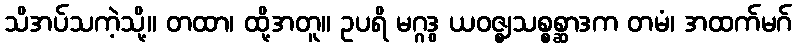
သိအပ်သကဲ့သို့။ တထာ၊ ထို့အတူ။ ဥပရိ မဂ္ဂဒွ ယဝဇ္ဈသစ္စစ္ဆာဒက တမံ၊ အထက်မဂ်